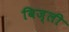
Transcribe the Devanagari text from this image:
बिज्ली